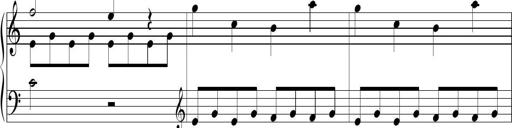
Title: Piano Sonatina No.1
Composer: Dimitri Sykias
Key: D minor